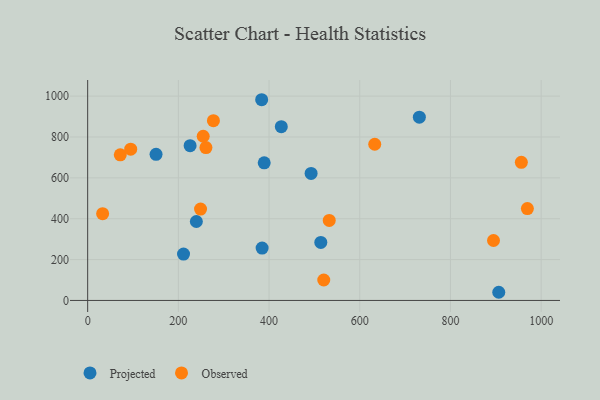
{"axis": {"x": "Study Hours", "y": "Sales"}, "legend": ["Observed", "Projected"], "data": [{"x": "383.7", "y": 982.4, "type": "Projected"}, {"x": "514.1", "y": 284.2, "type": "Projected"}, {"x": "211.4", "y": 227.0, "type": "Projected"}, {"x": "906.5", "y": 40.0, "type": "Projected"}, {"x": "225.9", "y": 757.5, "type": "Projected"}, {"x": "731.4", "y": 897.0, "type": "Projected"}, {"x": "239.7", "y": 386.4, "type": "Projected"}, {"x": "384.7", "y": 256.5, "type": "Projected"}, {"x": "150.8", "y": 715.1, "type": "Projected"}, {"x": "389.3", "y": 673.7, "type": "Projected"}, {"x": "492.7", "y": 621.9, "type": "Projected"}, {"x": "427.0", "y": 850.4, "type": "Projected"}, {"x": "532.7", "y": 391.5, "type": "Observed"}, {"x": "633.0", "y": 764.6, "type": "Observed"}, {"x": "277.3", "y": 880.1, "type": "Observed"}, {"x": "33.0", "y": 424.9, "type": "Observed"}, {"x": "894.9", "y": 293.3, "type": "Observed"}, {"x": "520.6", "y": 100.2, "type": "Observed"}, {"x": "956.3", "y": 676.2, "type": "Observed"}, {"x": "71.9", "y": 712.8, "type": "Observed"}, {"x": "260.8", "y": 748.0, "type": "Observed"}, {"x": "248.9", "y": 447.3, "type": "Observed"}, {"x": "254.8", "y": 803.7, "type": "Observed"}, {"x": "969.6", "y": 449.7, "type": "Observed"}, {"x": "94.9", "y": 740.2, "type": "Observed"}]}